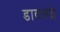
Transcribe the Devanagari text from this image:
डावलत